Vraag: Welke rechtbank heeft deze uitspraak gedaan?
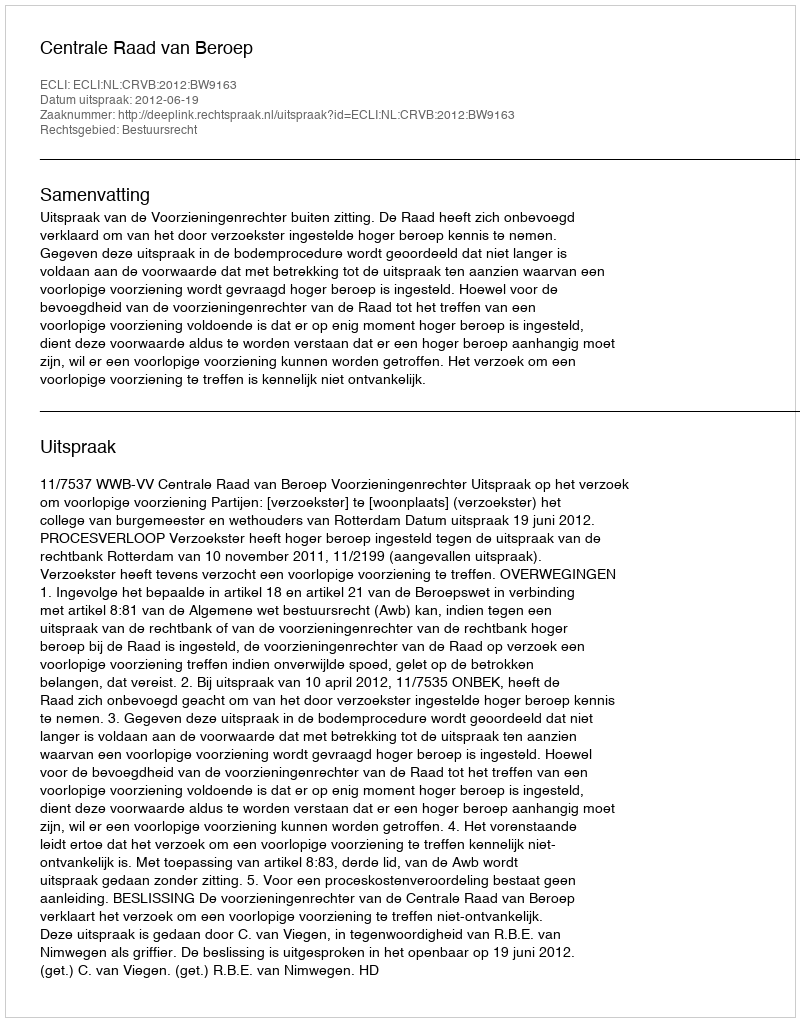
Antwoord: Centrale Raad van Beroep